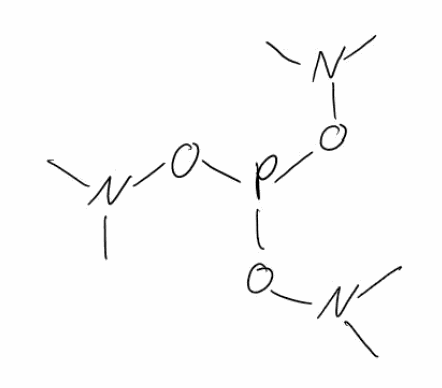
Simplified molecular-input line-entry system (SMILES) notation of the given molecule:
CN(C)OP(ON(C)C)ON(C)C